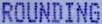
ROUNDING